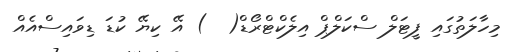
މިހާލަތުގައި ފީޓަލް ސްކަލްޕް އިލެކްޓްރޯޑް(  ) އޭ ކިޔޭ ކުޑަ ޑިވައިސްއެއް